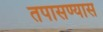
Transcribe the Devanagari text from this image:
तपासण्यास